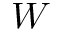
W